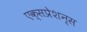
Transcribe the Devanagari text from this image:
एक्सप्रेशन्स